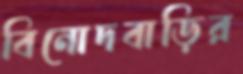
বিনোদবাড়ির